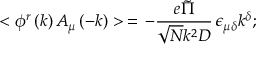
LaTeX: < \phi ^ { r } \left( k \right) A _ { \mu } \left( - k \right) > \, = \, - \frac { e \tilde { \Pi } } { \sqrt { N } k ^ { 2 } D } \, \epsilon _ { \mu \delta } k ^ { \delta } ; \,